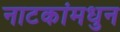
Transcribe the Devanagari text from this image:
नाटकांमधुन